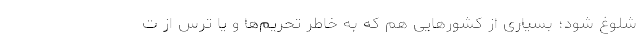
شلوغ شود؛ بسیاری از کشورهایی هم که به خاطر تحریم‌ها و یا ترس از ت